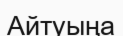
Айтуыңа